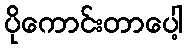
ပိုကောင်းတာပေါ့